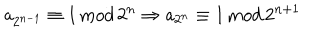
{ \sf a } _ { 2 ^ { n - 1 } } \equiv 1 \, { \mathrm m o d } \, 2 ^ { n } \Rightarrow { \sf a } _ { 2 ^ { n } } \equiv 1 \, { \mathrm m o d } \, 2 ^ { n + 1 }